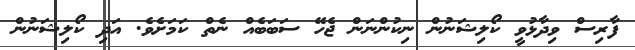
ފާރިސް ވިދާޅުވީ ކޯލިޝަނުން ނިކުންނަން ޖެހޭ ސަބަބެއް ނެތް ކަމަށެވެ. އަދި ކޯލިޝަނުން